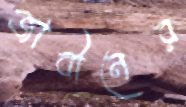
জাবীনের